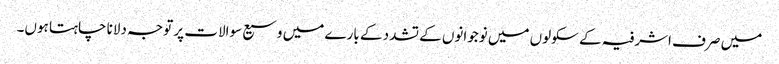
میں صرف اشرفیہ کے سکولوں میں نوجوانوں کے تشدد کے بارے میں وسیع سوالات پر توجہ دلانا چاہتا ہوں۔